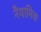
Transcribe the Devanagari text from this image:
नैयामिक